画像に写った文字を読んでください
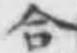
「合」と書いてあります